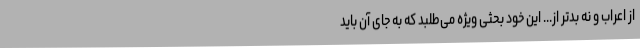
از اعراب و نه بد‌تر از... این خود بحثی ویژه می‌طلبد که به جای آن باید